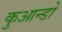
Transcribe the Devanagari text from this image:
कुआन्डो